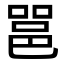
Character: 𮟹